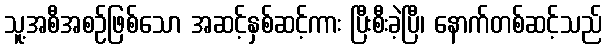
သူ့အစီအစဉ်ဖြစ်သော အဆင့်နှစ်ဆင့်ကား ပြီးစီးခဲ့ပြီ၊ နောက်တစ်ဆင့်သည်